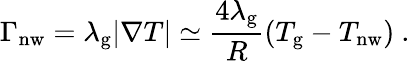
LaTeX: \Gamma_{\mathrm{nw}}=\lambda_{\mathrm{g}}|\nabla T|\simeq\frac{4\lambda_{\mathrm{g}}}{R}(T_{\mathrm{g}}-T_{\mathrm{nw}})\ .